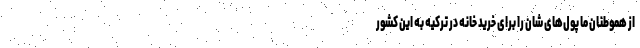
از هموطنان ما پول‌های شان را برای خرید خانه در ترکیه به این کشور